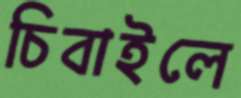
চিবাইলে